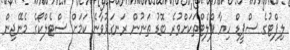
ލިފްޓުގެ ސްޕީޑް ހިޔާ ފްލެޓްތަކަށްވުރެ ބޮޑު ތަނުން ރަނގަޅުވާނެ ކަމަށް ސްޓެލްކޯގެ މެނޭޖިން